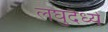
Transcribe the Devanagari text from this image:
लघुदैर्ध्य